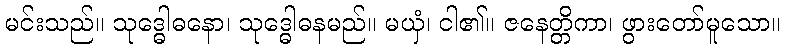
မင်းသည်။ သုဒ္ဓေါဓနော၊ သုဒ္ဓေါဓနမည်။ မယှံ၊ ငါ၏။ ဇနေတ္တိကာ၊ ဖွားတော်မူသော။